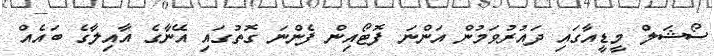
ސޯޝަލް މީޑީއާގައި ދައުރުވަމުން އަންނަ ފޮޓޯއިން ފެންނަ ގޮތުގައި އޭނާގެ އާއިލާގެ ބައެއް